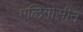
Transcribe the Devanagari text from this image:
एलिगोसीन